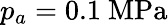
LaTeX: p_{a}=0.1~\textrm{MPa}